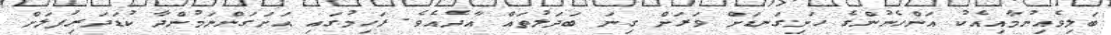
ބަލިވެއިނުމާއިއެކު އަންހެނުންގެ ހަށިގަނޑަށް ވަރަށް ގިނަ ބަދަލުތައް އާދެއެވެ. ރަހިމުގައި އަށަގަންނަމުންދާ ކުޑަދަރިފުލަށް